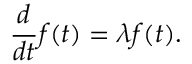
{ \frac { d } { d t } } f ( t ) = \lambda f ( t ) .